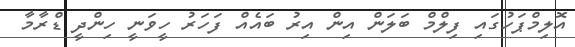
އޮލިމްޕަހުގައި ފިލްމް ބަލަން އިން އިރު ބައެއް ފަހަރު ހީވަނީ ހިންދީ ޑްރާމާ